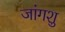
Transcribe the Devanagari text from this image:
जांगशु